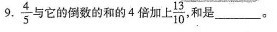
9. $$\frac{4}{5}$$ 与它的倒数的和的4倍加上 $$\frac{13}{10}$$ 和是\underline。